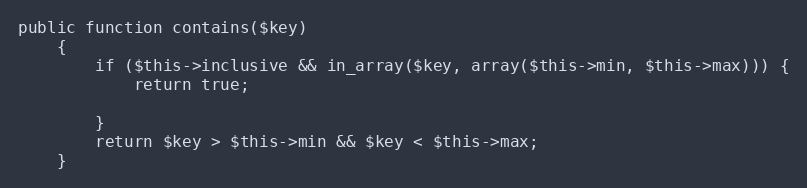
Language: PHP
public function contains($key)
    {
        if ($this->inclusive && in_array($key, array($this->min, $this->max))) {
            return true;

        }
        return $key > $this->min && $key < $this->max;
    }